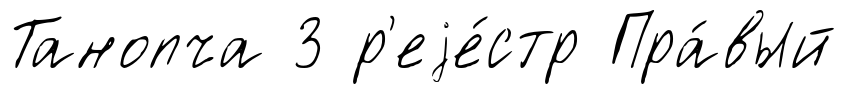
Танопча 3 р'еjе́стр Пра́вый